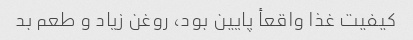
کیفیت غذا واقعأ پایین بود، روغن زیاد و طعم بد